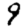
Digit: 9